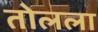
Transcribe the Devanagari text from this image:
तोलला